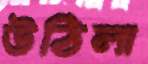
উঠিলা